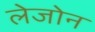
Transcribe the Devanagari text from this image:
लेजोन